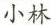
小林